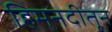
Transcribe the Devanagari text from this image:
हिमनदीतून